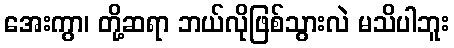
အေးကွာ၊ တို့ဆရာ ဘယ်လိုဖြစ်သွားလဲ မသိပါဘူး